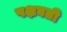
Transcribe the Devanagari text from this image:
पक्षघती